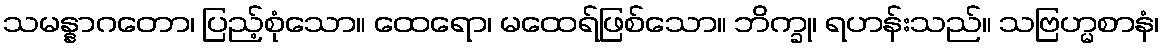
သမန္နာဂတော၊ ပြည့်စုံသော။ ထေရော၊ မထေရ်ဖြစ်သော။ ဘိက္ခု၊ ရဟန်းသည်။ သဗြဟ္မစာနံ၊